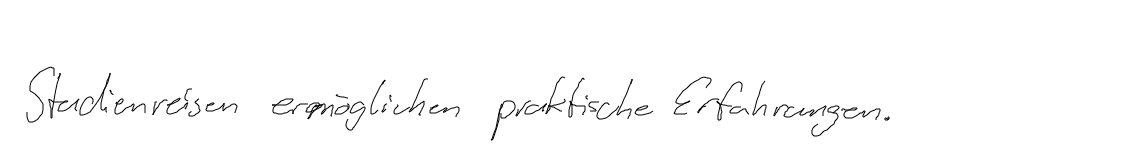
Studienreisen ermöglichen praktische Erfahrungen.